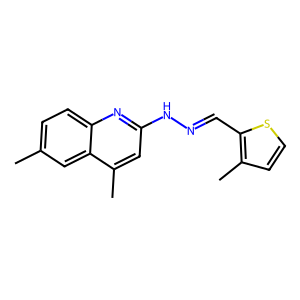
SMILES: Cc1ccc2nc(NN=Cc3sccc3C)cc(C)c2c1
Inhibits HIV replication: No